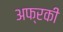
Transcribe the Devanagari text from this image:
अफ्रकी